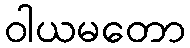
ဝါယမတော